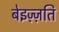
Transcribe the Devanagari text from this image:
बेइज़्ज़ति